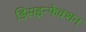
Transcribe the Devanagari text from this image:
डिसइन्फेक्शन